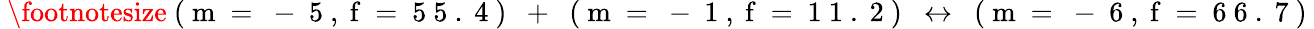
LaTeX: \mathrm{~\footnotesize~(~m~=~-~5~,~f~=~5~5~.~4~)~\ +~\ (~m~=~-~1~,~f~=~1~1~.~2~)~\ \leftrightarrow~\ (~m~=~-~6~,~f~=~6~6~.~7~)~}